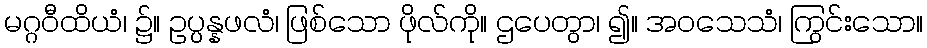
မဂ္ဂဝီထိယံ၊ ၌။ ဥပ္ပန္နဖလံ၊ ဖြစ်သော ဖိုလ်ကို။ ဌပေတွာ၊ ၍။ အဝသေသံ၊ ကြွင်းသော။